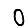
Digit: 0